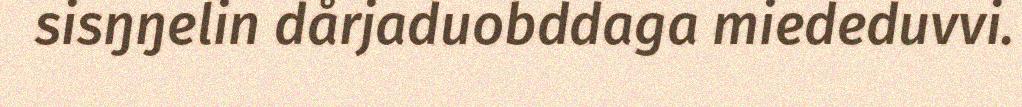
sisŋŋelin dårjaduobddaga miededuvvi.